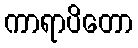
ကာရာပိတော